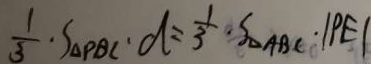
\frac { 1 } { 3 } \cdot S _ { \Delta P B C } \cdot d = \frac { 1 } { 3 } \cdot S _ { \Delta A B C } \cdot \vert P E \vert